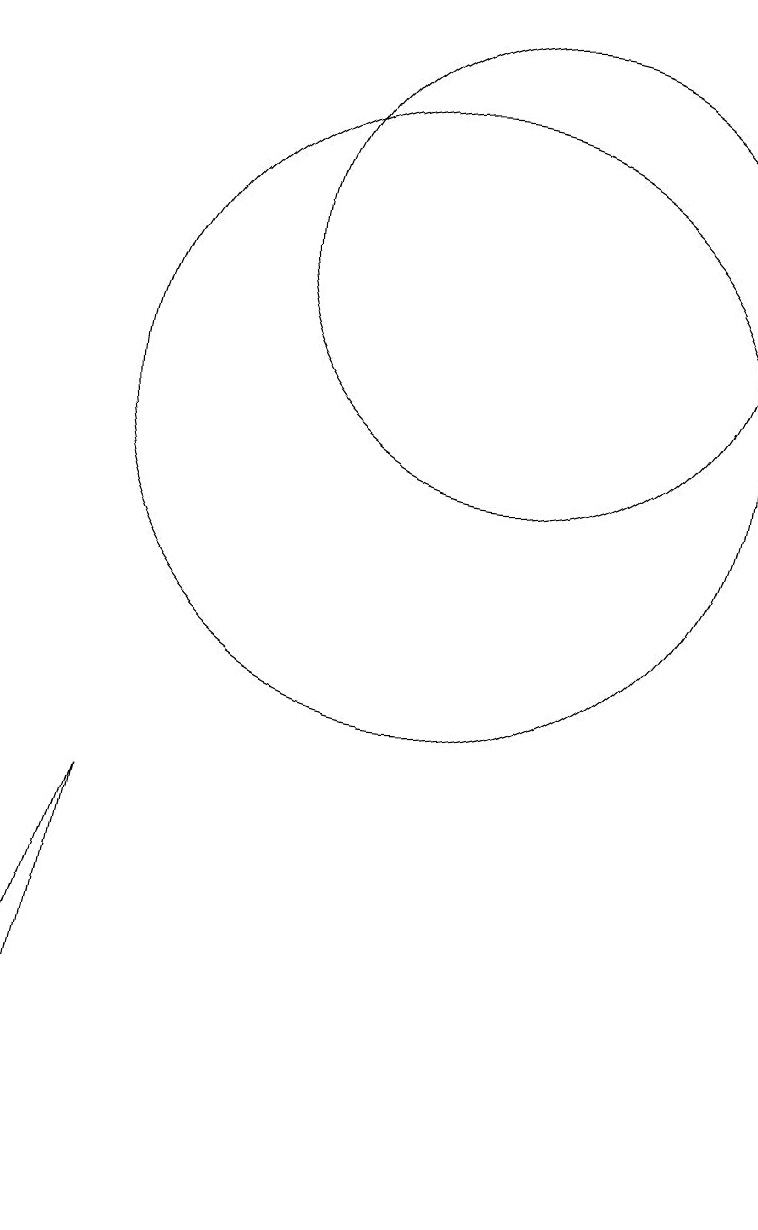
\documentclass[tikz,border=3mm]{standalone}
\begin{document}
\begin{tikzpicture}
\draw (6,0) -- (7,5) -- (6,2) -- cycle;
\draw (11,11) circle (0);
\draw (11,10) circle (4);
\draw (12,12) circle (3);
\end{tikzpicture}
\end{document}